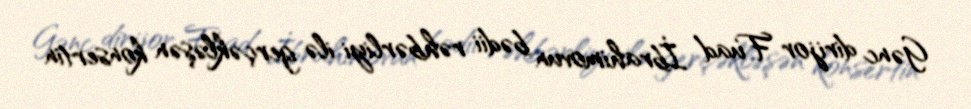
Gənc dirijor Fuad İbrahimovun bədii rəhbərliyi ilə gerçəkləşən konsertin